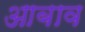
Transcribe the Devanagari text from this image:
आबाव